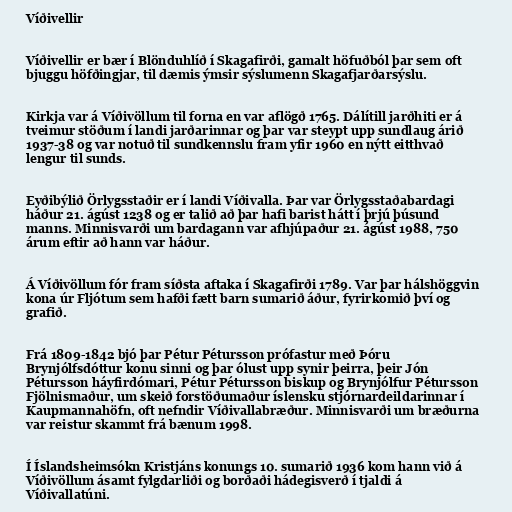
Víðivellir

Víðivellir er bær í Blönduhlíð í Skagafirði, gamalt höfuðból þar sem oft
bjuggu höfðingjar, til dæmis ýmsir sýslumenn Skagafjarðarsýslu.

Kirkja var á Víðivöllum til forna en var aflögð 1765. Dálítill jarðhiti er á
tveimur stöðum í landi jarðarinnar og þar var steypt upp sundlaug árið
1937-38 og var notuð til sundkennslu fram yfir 1960 en nýtt eitthvað
lengur til sunds.

Eyðibýlið Örlygsstaðir er í landi Víðivalla. Þar var Örlygsstaðabardagi
háður 21. ágúst 1238 og er talið að þar hafi barist hátt í þrjú þúsund
manns. Minnisvarði um bardagann var afhjúpaður 21. ágúst 1988, 750
árum eftir að hann var háður.

Á Víðivöllum fór fram síðsta aftaka í Skagafirði 1789. Var þar hálshöggvin
kona úr Fljótum sem hafði fætt barn sumarið áður, fyrirkomið því og
grafið.

Frá 1809-1842 bjó þar Pétur Pétursson prófastur með Þóru
Brynjólfsdóttur konu sinni og þar ólust upp synir þeirra, þeir Jón
Pétursson háyfirdómari, Pétur Pétursson biskup og Brynjólfur Pétursson
Fjölnismaður, um skeið forstöðumaður íslensku stjórnardeildarinnar í
Kaupmannahöfn, oft nefndir Víðivallabræður. Minnisvarði um bræðurna
var reistur skammt frá bænum 1998.

Í Íslandsheimsókn Kristjáns konungs 10. sumarið 1936 kom hann við á
Víðivöllum ásamt fylgdarliði og borðaði hádegisverð í tjaldi á
Víðivallatúni.